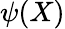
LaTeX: \psi(X)